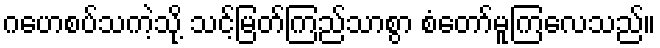
ဂဟေစပ်သကဲ့သို့ သင့်မြတ်ကြည်သာစွာ စံတော်မူကြလေသည်။